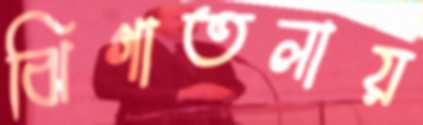
ঝিগাতলায়